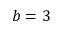
b = 3